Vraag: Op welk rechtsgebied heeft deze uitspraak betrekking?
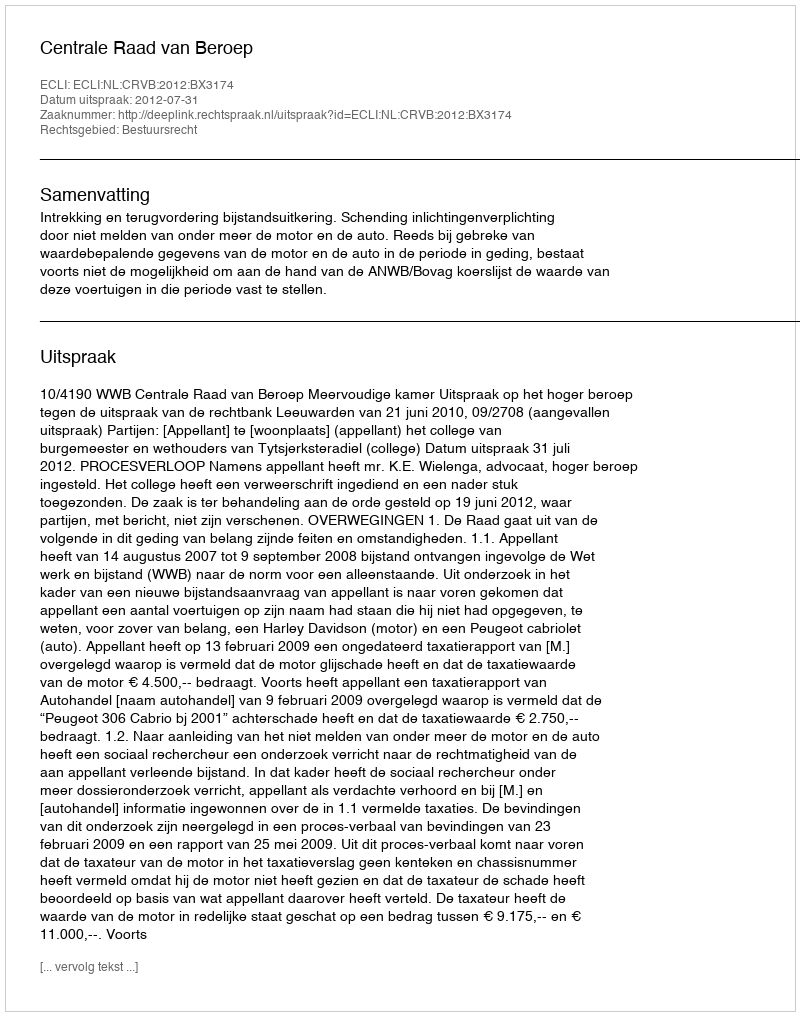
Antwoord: Bestuursrecht